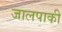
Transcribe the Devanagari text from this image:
जालपाकी